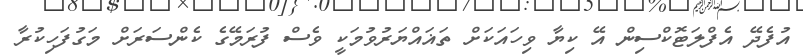
އުފެދޭ އެފްލަޓޮކްސިން އޭ ކިޔާ ވިހައަކަށް ތަޣައްޔަރުވުމަކީ ވެސް ފުރަމޭގެ ކެންސަރަށް މަގުފަހިކުރާ